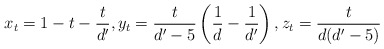
\begin{align*}x_t = 1 - t - \frac{t}{d'}, y_t = \frac{t}{d'-5} \left( \frac{1}{d} - \frac{1}{d'} \right), z_t = \frac{t}{d (d'-5)}\end{align*}